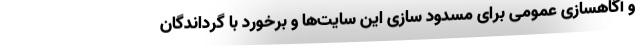
و آگاهسازی عمومی برای مسدود سازی این سایت‌ها و برخورد با گرداندگان